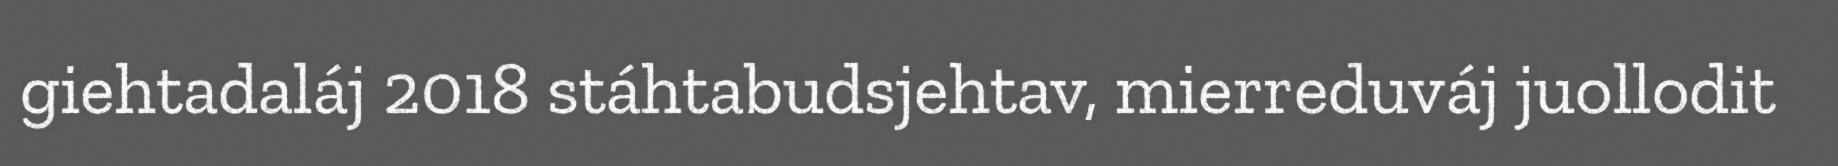
giehtadaláj 2018 stáhtabudsjehtav, mierreduváj juollodit